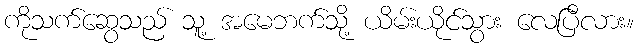
ကိုသက်ဆွေသည် သူ့ အမေဘက်သို့ ယိမ်းယိုင်သွား လေပြီလား။